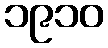
၁၉၁၀